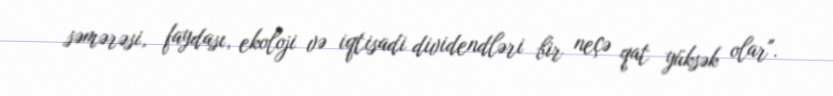
səmərəsi, faydası, ekoloji və iqtisadi dividendləri bir neçə qat yüksək olar".